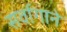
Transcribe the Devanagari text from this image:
सर्वागाने